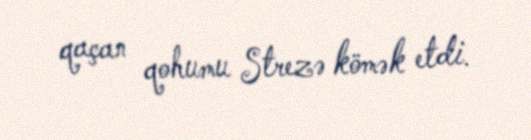
qaçan qohumu Strezə kömək etdi.